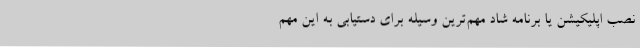
نصب اپلیکیشن یا برنامه شاد مهم‌ترین وسیله برای دستیابی به این مهم